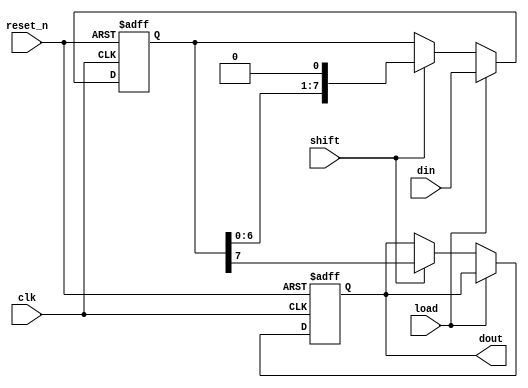
module PISO_Register #(
    parameter N = 8  // Configurable parameter for width of register
) (
    input wire clk,          // Clock signal
    input wire reset_n,      // Asynchronous active-low reset
    input wire load,        // Load control signal
    input wire shift,       // Shift control signal
    input wire [N-1:0] din, // Parallel input data
    output reg dout         // Serial output data
);

    reg [N-1:0] shift_reg;  // Internal shift register

    // Asynchronous reset and load operation
    always @(posedge clk or negedge reset_n) begin
        if (!reset_n) begin
            shift_reg <= {N{1'b0}}; // Clear the register on reset
            dout <= 1'b0;            // Reset output
        end else begin
            if (load) begin
                shift_reg <= din;    // Load parallel data
            end else if (shift) begin
                dout <= shift_reg[N-1]; // Shift out MSB
                shift_reg <= {shift_reg[N-2:0], 1'b0}; // Shift left
            end
        end
    end

endmodule